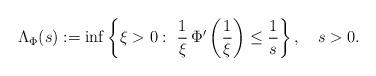
LaTeX: \begin{align*}\Lambda_\Phi(s) := \inf\left\{\xi > 0 : \ \frac1\xi\, \Phi'\left(\frac1\xi\right) \le \frac1s\right\} , \ \ \ s > 0.\end{align*}